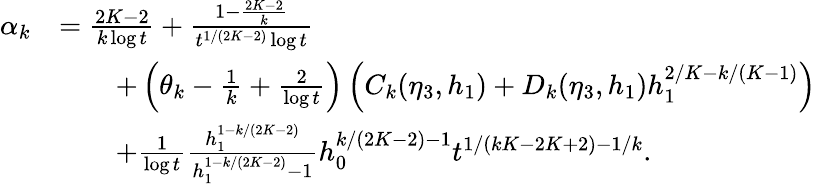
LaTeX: \begin{array}{rl}{\alpha_{k}}&{=\frac{2K-2}{k\log t}+\frac{1-\frac{2K-2}{k}}{t^{1/(2K-2)}\log t}}\\ &{\qquad+\left(\theta_{k}-\frac{1}{k}+\frac{2}{\log t}\right)\left(C_{k}(\eta_{3},h_{1})+D_{k}(\eta_{3},h_{1})h_{1}^{2/K-k/(K-1)}\right)}\\ &{\qquad+\frac{1}{\log t}\frac{h_{1}^{1-k/(2K-2)}}{h_{1}^{1-k/(2K-2)}-1}h_{0}^{k/(2K-2)-1}t^{1/(kK-2K+2)-1/k}.}\end{array}